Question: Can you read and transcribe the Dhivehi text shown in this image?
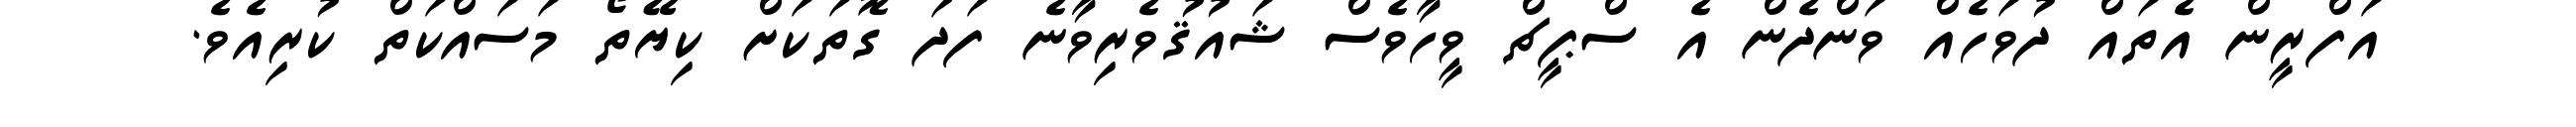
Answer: އަފްރީން އެތައް ދުވަހެއް ވަންދެން އެ ސްޕީޗް ވީހާވެސް ޝައުޤުވެރިވާނެ ފަދަ ގޮތަކަށް ކިޔޭތޯ މަސައްކަތް ކުރިއެވެ.